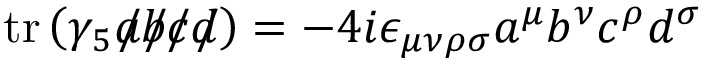
\operatorname { t r } \left( \gamma _ { 5 } { a \! \! \! / } { b \! \! \! / } { c \! \! \! / } { d \! \! \! / } \right) = - 4 i \epsilon _ { \mu \nu \rho \sigma } a ^ { \mu } b ^ { \nu } c ^ { \rho } d ^ { \sigma }